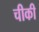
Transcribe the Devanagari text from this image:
चीकी